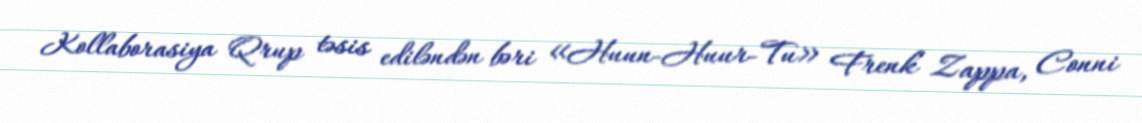
Kollaborasiya Qrup təsis ediləndən bəri «Huun-Huur-Tu» Frenk Zappa, Conni